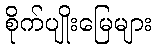
စိုက်ပျိုးမြေများ